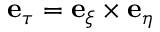
\mathbf { e } _ { \tau } = \mathbf { e } _ { \xi } \times \mathbf { e } _ { \eta }